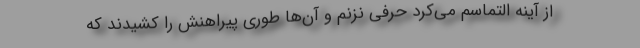
از آینه التماسم می‌کرد حرفی نزنم و آن‌ها طوری پیراهنش را کشیدند که